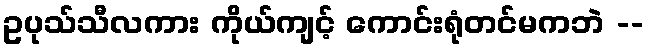
ဥပုသ်သီလကား ကိုယ်ကျင့် ကောင်းရုံတင်မကဘဲ --